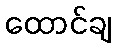
ထောင်ချ